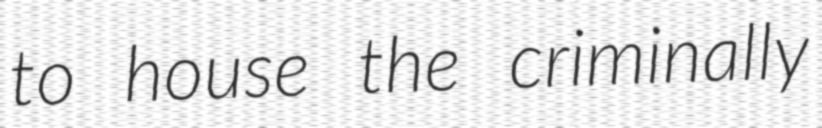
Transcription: to house the criminally